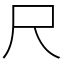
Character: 尺